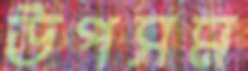
উপসম